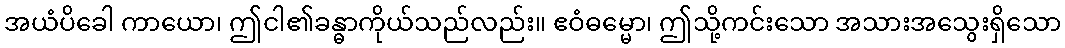
အယံပိခေါ ကာယော၊ ဤငါ၏ခန္ဓာကိုယ်သည်လည်း။ ဧဝံဓမ္မော၊ ဤသို့ကင်းသော အသားအသွေးရှိသော